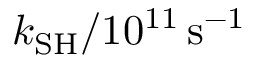
k _ { \mathrm { S H } } / 1 0 ^ { 1 1 } \, \mathrm { s } ^ { - 1 }